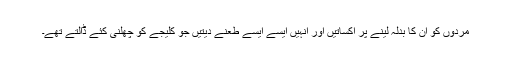
مردوں کو ان کا بدلہ لینے پر اکساتیں اور انہیں ایسے ایسے طعنے دیتیں جو کلیجے کو چھلنی کئے ڈالتے تھے۔